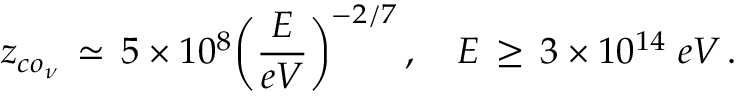
z _ { c o _ { \nu } } \, \simeq \, 5 \times 1 0 ^ { 8 } \bigg ( \frac { E } { e V } \bigg ) ^ { - 2 / 7 } \, , \quad E \, \geq \, 3 \times 1 0 ^ { 1 4 } \; e V \, .